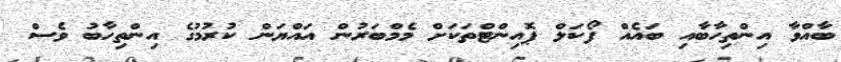
ބާއްވާ އިންތިހާބާއި ބައެއް ފޯކަލް ޕޮއިންޓްތަކަށް މެމްބަރުން އައްޔަން ކުރުމުގެ އިންތިހާބު ވެސް